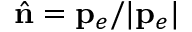
\hat { \bf n } = { \bf p } _ { e } / | { \bf p } _ { e } |